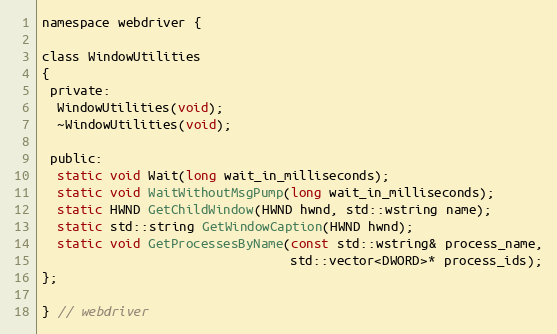
Language: C
namespace webdriver {

class WindowUtilities
{
 private:
  WindowUtilities(void);
  ~WindowUtilities(void);

 public:
  static void Wait(long wait_in_milliseconds);
  static void WaitWithoutMsgPump(long wait_in_milliseconds);
  static HWND GetChildWindow(HWND hwnd, std::wstring name);
  static std::string GetWindowCaption(HWND hwnd);
  static void GetProcessesByName(const std::wstring& process_name,
                                 std::vector<DWORD>* process_ids);
};

} // webdriver